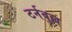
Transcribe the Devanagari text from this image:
टर्नबुल्ल